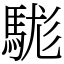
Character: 駹